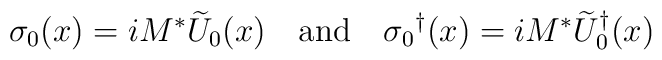
\sigma_0(x)=iM^*\widetilde{U}_0(x) \quad{\rm and}\quad   {\sigma_0}^\dagger(x)=iM^*{\widetilde{U}_0}^\dagger(x)